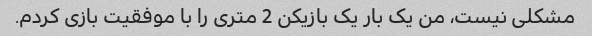
مشکلی نیست، من یک بار یک بازیکن 2 متری را با موفقیت بازی کردم.